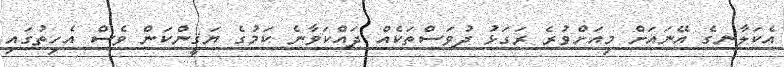
އެކަލާނގެ އޭނައަށް މިއަށްވުރެ ރަގަޅު ދުވަސްތަކެއް ދައްކަވާނެ ކަމުގެ ޔަޤީންކަން ވެސް އެހިތުގައި